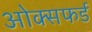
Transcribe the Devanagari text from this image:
ओक्सफर्ड